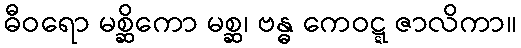
ဓီဝရော မစ္ဆိကော မစ္ဆ၊ ဗန္ဓ ကေဝဋ္ဋ ဇာလိကာ။